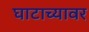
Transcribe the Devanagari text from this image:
घाटाच्यावर